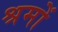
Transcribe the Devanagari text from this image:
श्रमों